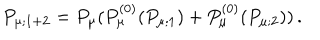
LaTeX: P _ { \mu ; 1 + 2 } = P _ { \mu } ( P _ { \mu } ^ { ( 0 ) } ( P _ { \mu ; 1 } ) + P _ { \mu } ^ { ( 0 ) } ( P _ { \mu ; 2 } ) ) \, .